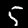
Label: 5